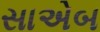
સાએબ